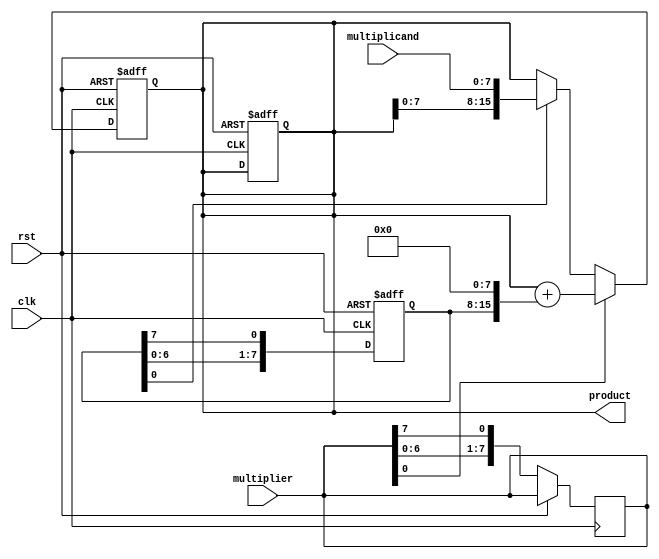
module ShiftAndAddMultiplier(
    input wire clk,           // Clock signal
    input wire rst,           // Reset signal
    input wire [7:0] multiplicand,  // 8-bit multiplicand
    input wire [7:0] multiplier,    // 8-bit multiplier
    output reg [15:0] product       // 16-bit product
);

reg [15:0] partial_product;
reg [7:0] shift_reg;

always @ (posedge clk or posedge rst) begin
    if (rst) begin
        partial_product <= 16'b0;
        shift_reg <= 8'b0;
        product <= 16'b0;
    end else begin
        if (shift_reg[0] == 1'b1) begin
            partial_product <= {partial_product[14:0], multiplicand};
        end
        shift_reg <= {shift_reg[6:0], shift_reg[7]};
        if (multiplier[0] == 1'b1) begin
            partial_product <= partial_product + {shift_reg, 8'b0};
        end
        multiplier <= {multiplier[6:0], multiplier[7]};
    end
end

assign product = partial_product;

endmodule